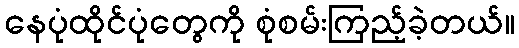
နေပုံထိုင်ပုံတွေကို စုံစမ်းကြည့်ခဲ့တယ်။